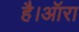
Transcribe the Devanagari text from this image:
है।ऑरा